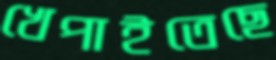
খেপাইতেছে